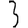
Digit: 3